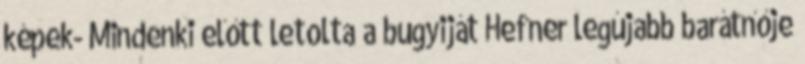
képek- Mindenki előtt letolta a bugyiját Hefner legújabb barátnője